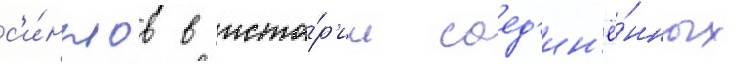
с'и́нглов в исто́р'ии соед'ин'ё́нных